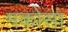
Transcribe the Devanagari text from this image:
मकोसा